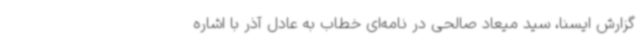
گزارش ایسنا، سید میعاد صالحی در نامه‌ای خطاب به عادل آذر با اشاره